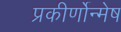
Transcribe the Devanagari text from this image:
प्रकीर्णोन्मेष